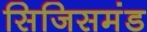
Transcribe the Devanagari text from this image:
सिजिसमंड